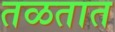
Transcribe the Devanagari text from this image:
तळतात